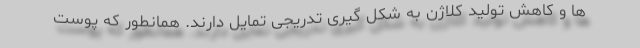
ها و کاهش تولید کلاژن به شکل گیری تدریجی تمایل دارند. همانطور که پوست